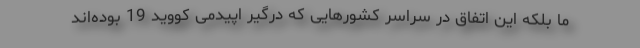
ما بلکه این اتفاق در سراسر کشورهایی که درگیر اپیدمی کووید 19 بوده‌اند